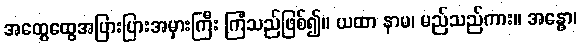
အထွေထွေအပြားပြားအမှားကြီး ကြံသည်ဖြစ်၍။ ယထာ နာမ၊ မည်သည်ကား။ အန္ဓော၊